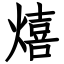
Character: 熺